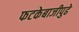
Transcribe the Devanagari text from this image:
फटकेबाजीपुढे